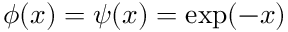
\phi ( x ) = \psi ( x ) = \exp ( - x )